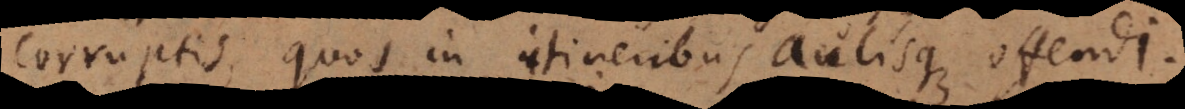
corruptis, quos in itineribus aulisque offendi.